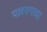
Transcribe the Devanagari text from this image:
पल्लवमल्ला